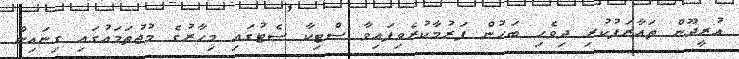
އުރީދޫން ތައާރަފުކުރި ދިވެހި ބަހުން ފަރުމާކުރެވިފައިވާ ސްޓިކާ ސެޓުގައި މިހާރުގެ މުޖުތަމައުގައި ގިނައިން